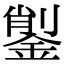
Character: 𨨺